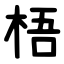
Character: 梧